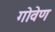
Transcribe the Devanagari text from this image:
गोवेण